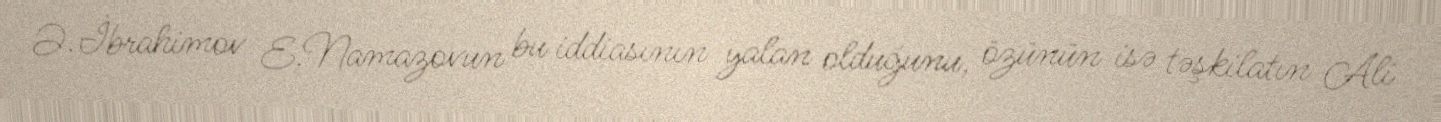
Ə.İbrahimov E.Namazovun bu iddiasının yalan olduğunu, özünün isə təşkilatın Ali